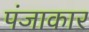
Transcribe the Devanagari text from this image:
पंजाकार